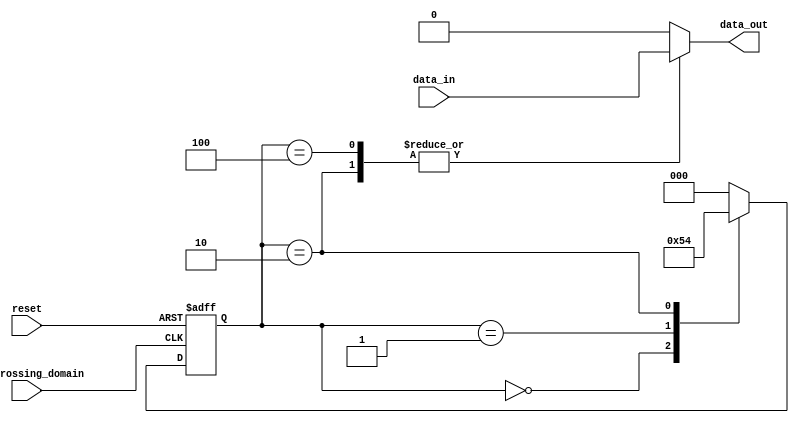
module three_flop_synchronizer (
    input wire clk_crossing_domain,
    input wire reset,
    input wire data_in,
    output reg data_out
);

reg [2:0] state;
reg [2:0] next_state;

always @(posedge clk_crossing_domain or posedge reset) begin
    if (reset) begin
        state <= 3'b000;
    end else begin
        state <= next_state;
    end
end

always @* begin
    case (state)
        3'b000: begin
            next_state = 3'b001;
            data_out <= 1'b0;
        end
        3'b001: begin
            next_state = 3'b010;
            data_out <= 1'b0;
        end
        3'b010: begin
            next_state = 3'b100;
            data_out <= data_in;
        end
        3'b100: begin
            next_state = 3'b000;
            data_out <= data_in;
        end
        default: begin
            next_state = 3'b000;
            data_out <= 1'b0;
        end
    endcase
end

endmodule